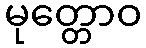
မုတ္တောဝ